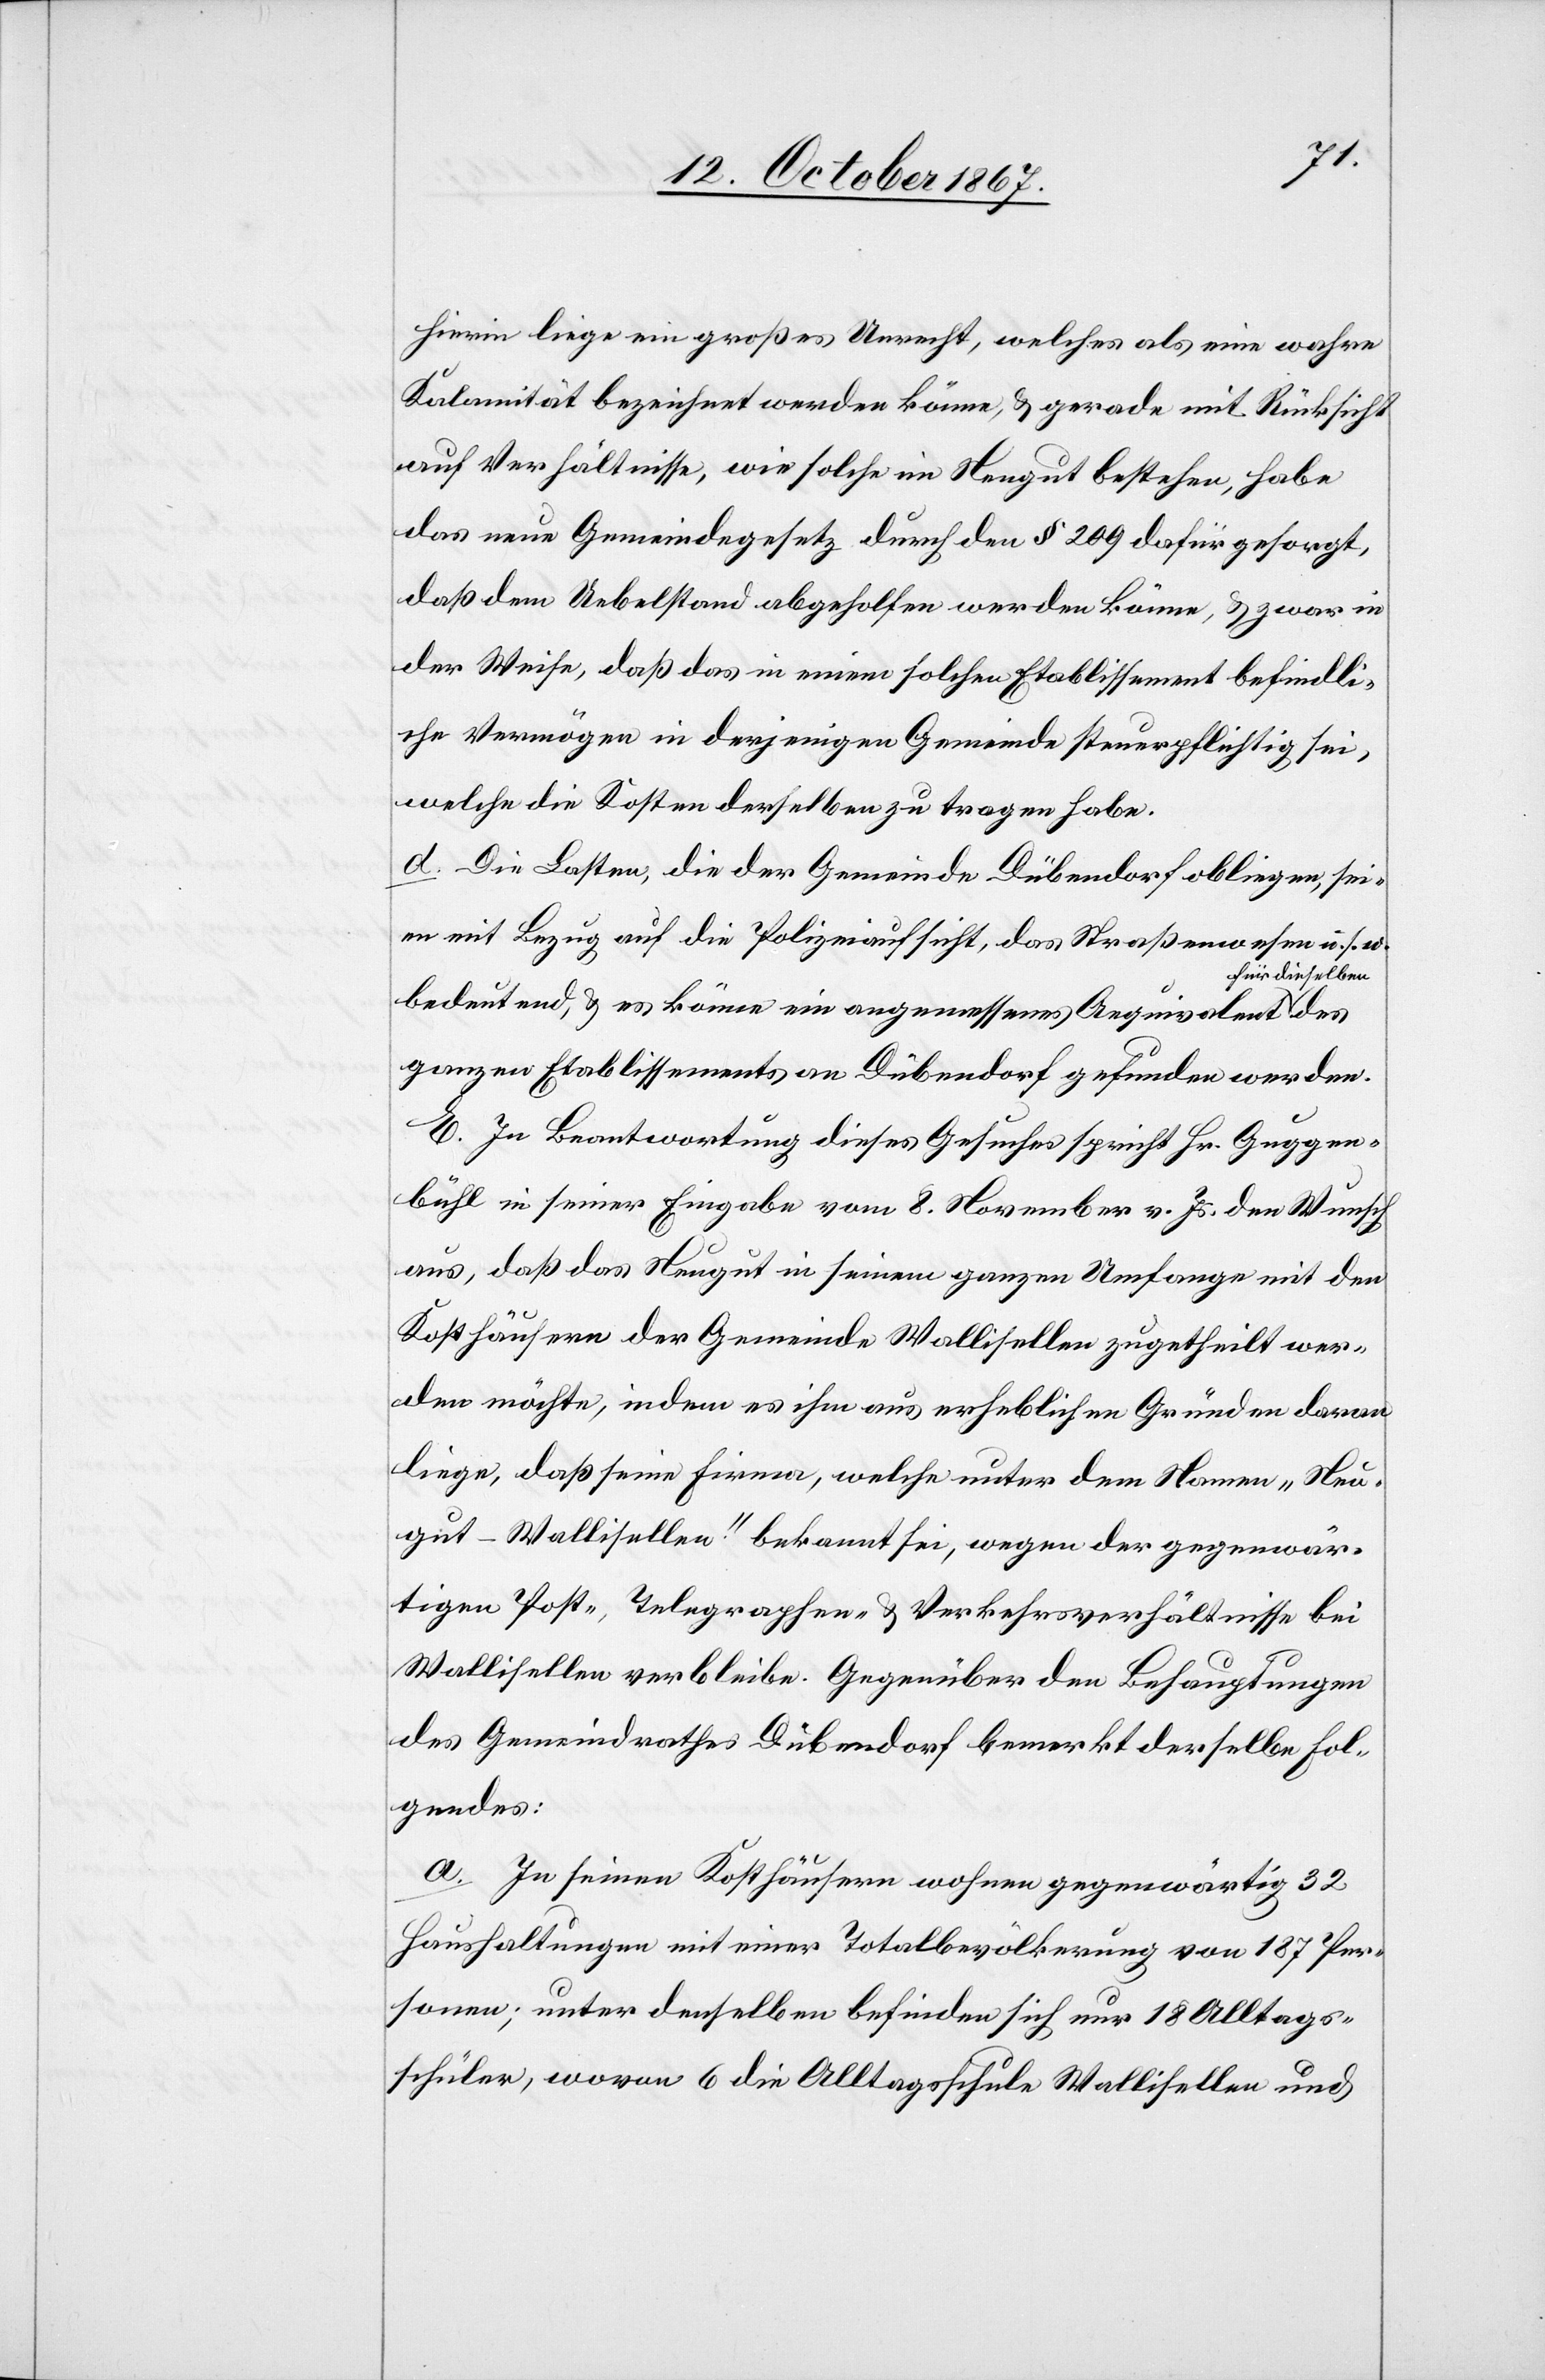
hierin liege ein großes Unrecht, welches als eine wahre
Kalamität bezeichnet werden könne, u. gerade mit Rücksicht
auf Verhältnisse, wie solche im Neugut bestehen, habe
das neue Gemeindegesetz durch den § 209 dafür gesorgt,
das dem Uebelstand abgeholfen werden könne, u. zwar in
der Weise, daß das in einem solchen Etablissement befindli¬
che Vermögen in derjenigen Gemeinde steuerpflichtig sei,
welche die Kosten derselben zu tragen haben.
d. Die Lasten, die der Gemeinde Dübendorf obliegen, sei¬
en mit Bezug auf die Polizeiaufsicht, das Straßenwesen u. s. w.
für dieselben
bedeutend, u. es könne ein angemessenes Aequivalent
ganzen Etablissements an Dübendorf gefunden werden.
E. In Beantwortung dieses Gesuches spricht Hr. Guggen¬
bühl in seiner Eingabe vom 8. November v. Js. den Wunsch
aus, daß das Neugut in seinem ganzen Umfange mit den
Kosthäusern der Gemeinde Wallisellen zugetheilt wer¬
den möchte, indem es ihm aus erheblichen Gründen daran
liege, daß seine Firma, welche unter dem Namen „Neu¬
gut - Wallisellen“ bekannt sei, wegen der gegenwär¬
tigen Post-, Telegraphen- u. Verkehrsverhältnisse bei
Wallisellen verbleibe. Gegenüber den Behauptungen
des Gemeindrathes Dübendorf bemerkt derselbe Fol¬
gendes:
a. In seinen Kosthäusern wohnen gegenwärtig 32
Haushaltungen mit einer Totalbevölkerung von 187 Per¬
sonen; unter denselben befinden sich nur 18 Alltags¬
schüler, wovon 6 die Alltagsschule Wallisellen und